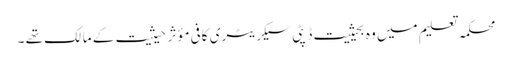
محکمہ تعلیم میں وہ بحیثیت ڈپٹی سیکریٹری کافی مؤثر حیثیت کے مالک تھے ۔